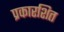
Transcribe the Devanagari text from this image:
प्रकारशित